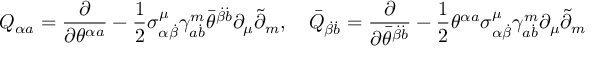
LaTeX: Q _ { \alpha a } = \frac \partial { \partial \theta ^ { \alpha a } } - \frac 1 2 \sigma _ { \alpha \dot { \beta } } ^ { \mu } \gamma _ { a \dot { b } } ^ { m } \bar { \theta } ^ { \dot { \beta } \dot { b } } \partial _ { \mu } \tilde { \partial } _ { m } , \quad \bar { Q } _ { \dot { \beta } \dot { b } } = \frac \partial { \partial \bar { \theta } ^ { \dot { \beta } \dot { b } } } - \frac 1 2 \theta ^ { \alpha a } \sigma _ { \alpha \dot { \beta } } ^ { \mu } \gamma _ { a \dot { b } } ^ { m } \partial _ { \mu } \tilde { \partial } _ { m }